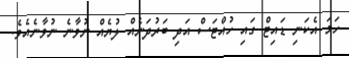
ހަމަ އެކަނި ޑައިޓް ގައި ހުއްޓަސް އަދި ބަރުދަނެއް ލުޔެއް ނުވާނެ ނުވާނެއެވެ.